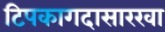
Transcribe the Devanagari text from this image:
टिपकागदासारखा